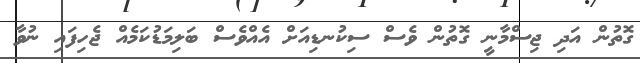
ގޮތުން އަދި ޖިސްމާނީ ގޮތުން ވެސް ސިކުނޑިއަށް އެއްވެސް ބަލިމަޑުކަމެއް ޖެހިފައި ނުވާ